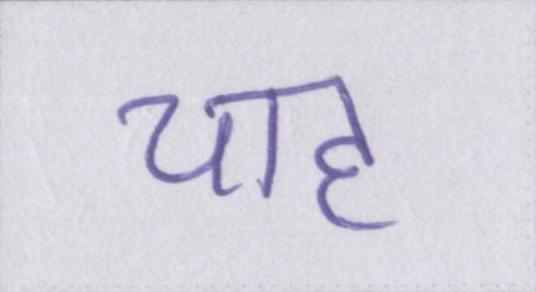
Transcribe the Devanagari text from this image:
चाह